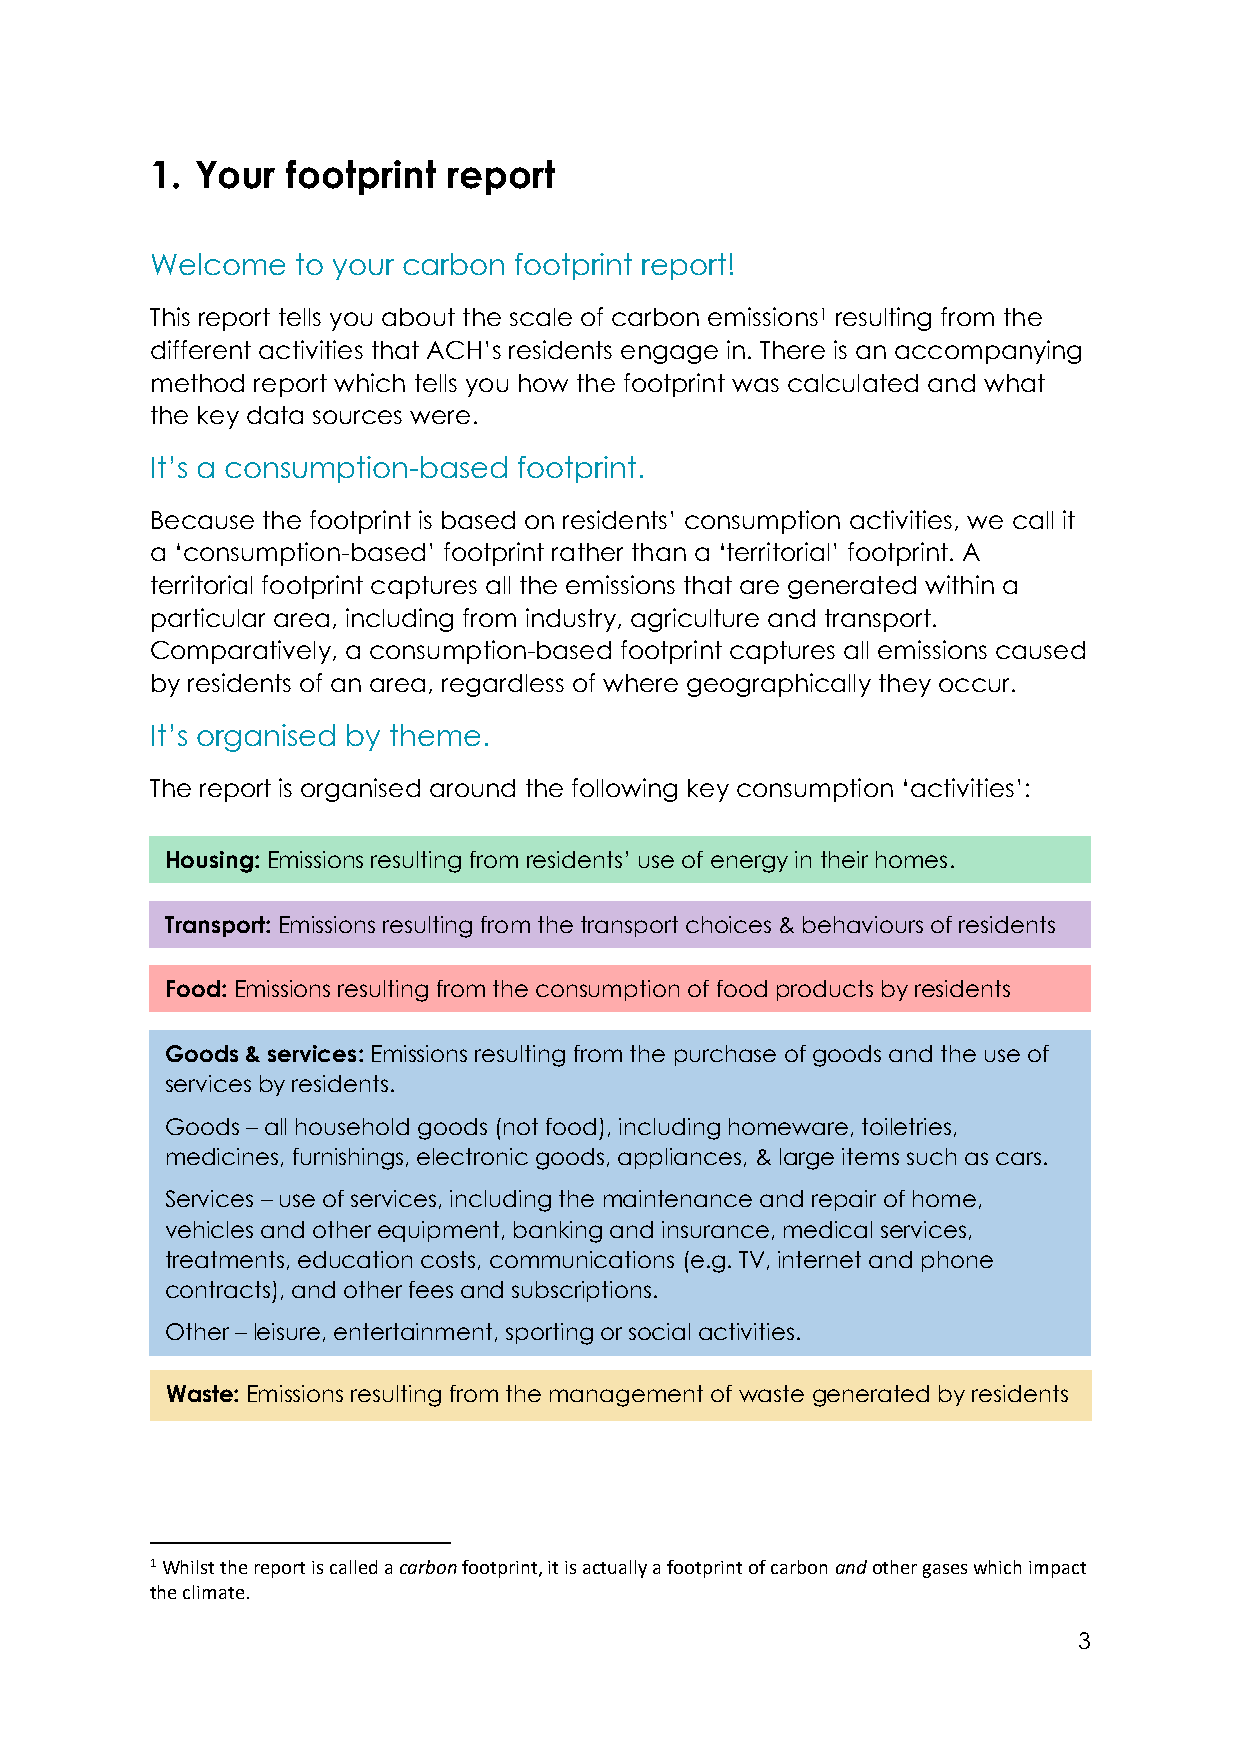
1. Your  footprint  report
 Welcome   to your carbon footprint report!
 This report tells you about the scale of carbon emissions1 resulting from the
 different activities that ACH’s residents engage in. There is an accompanying
 method report which tells you how the footprint was calculated and what
 the key data sources were.
 It’s a consumption-based footprint.
 Because the footprint is based on residents’ consumption activities, we call it
 a ‘consumption-based’ footprint rather than a ‘territorial’ footprint. A
 territorial footprint captures all the emissions that are generated within a
 particular area, including from industry, agriculture and transport.
 Comparatively, a consumption-based footprint captures all emissions caused
 by residents of an area, regardless of where geographically they occur.
 It’s organised by theme.
 The report is organised around the following key consumption ‘activities’:
 Housing: Emissions resulting from residents’ use of energy in their homes.
 Transport: Emissions resulting from the transport choices & behaviours of residents
 Food: Emissions resulting from the consumption of food products by residents
 Goods & services: Emissions resulting from the purchase of goods and the use of
 services by residents.
 Goods – all household goods (not food), including homeware, toiletries,
 medicines, furnishings, electronic goods, appliances, & large items such as cars.
 Services – use of services, including the maintenance and repair of home,
 vehicles and other equipment, banking and insurance, medical services,
 treatments, education costs, communications (e.g. TV, internet and phone
 contracts), and other fees and subscriptions.
 Other – leisure, entertainment, sporting or social activities.
 Waste: Emissions resulting from the management of waste generated by residents
 1 Whilst the report is called a carbon footprint, it is actually a footprint of carbon and other gases which impact
 the climate.
 3